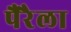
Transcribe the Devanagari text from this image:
पैरैला